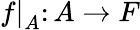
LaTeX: {f|}_{A}\colon A\to F